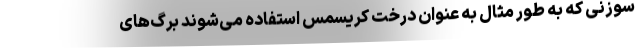
سوزنی که به طور مثال به عنوان درخت کریسمس استفاده می‌شوند برگ‌های